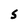
Character: 5